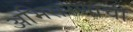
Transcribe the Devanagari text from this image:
अभिसरणाची